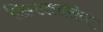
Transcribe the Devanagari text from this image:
सिगरशॉसेन